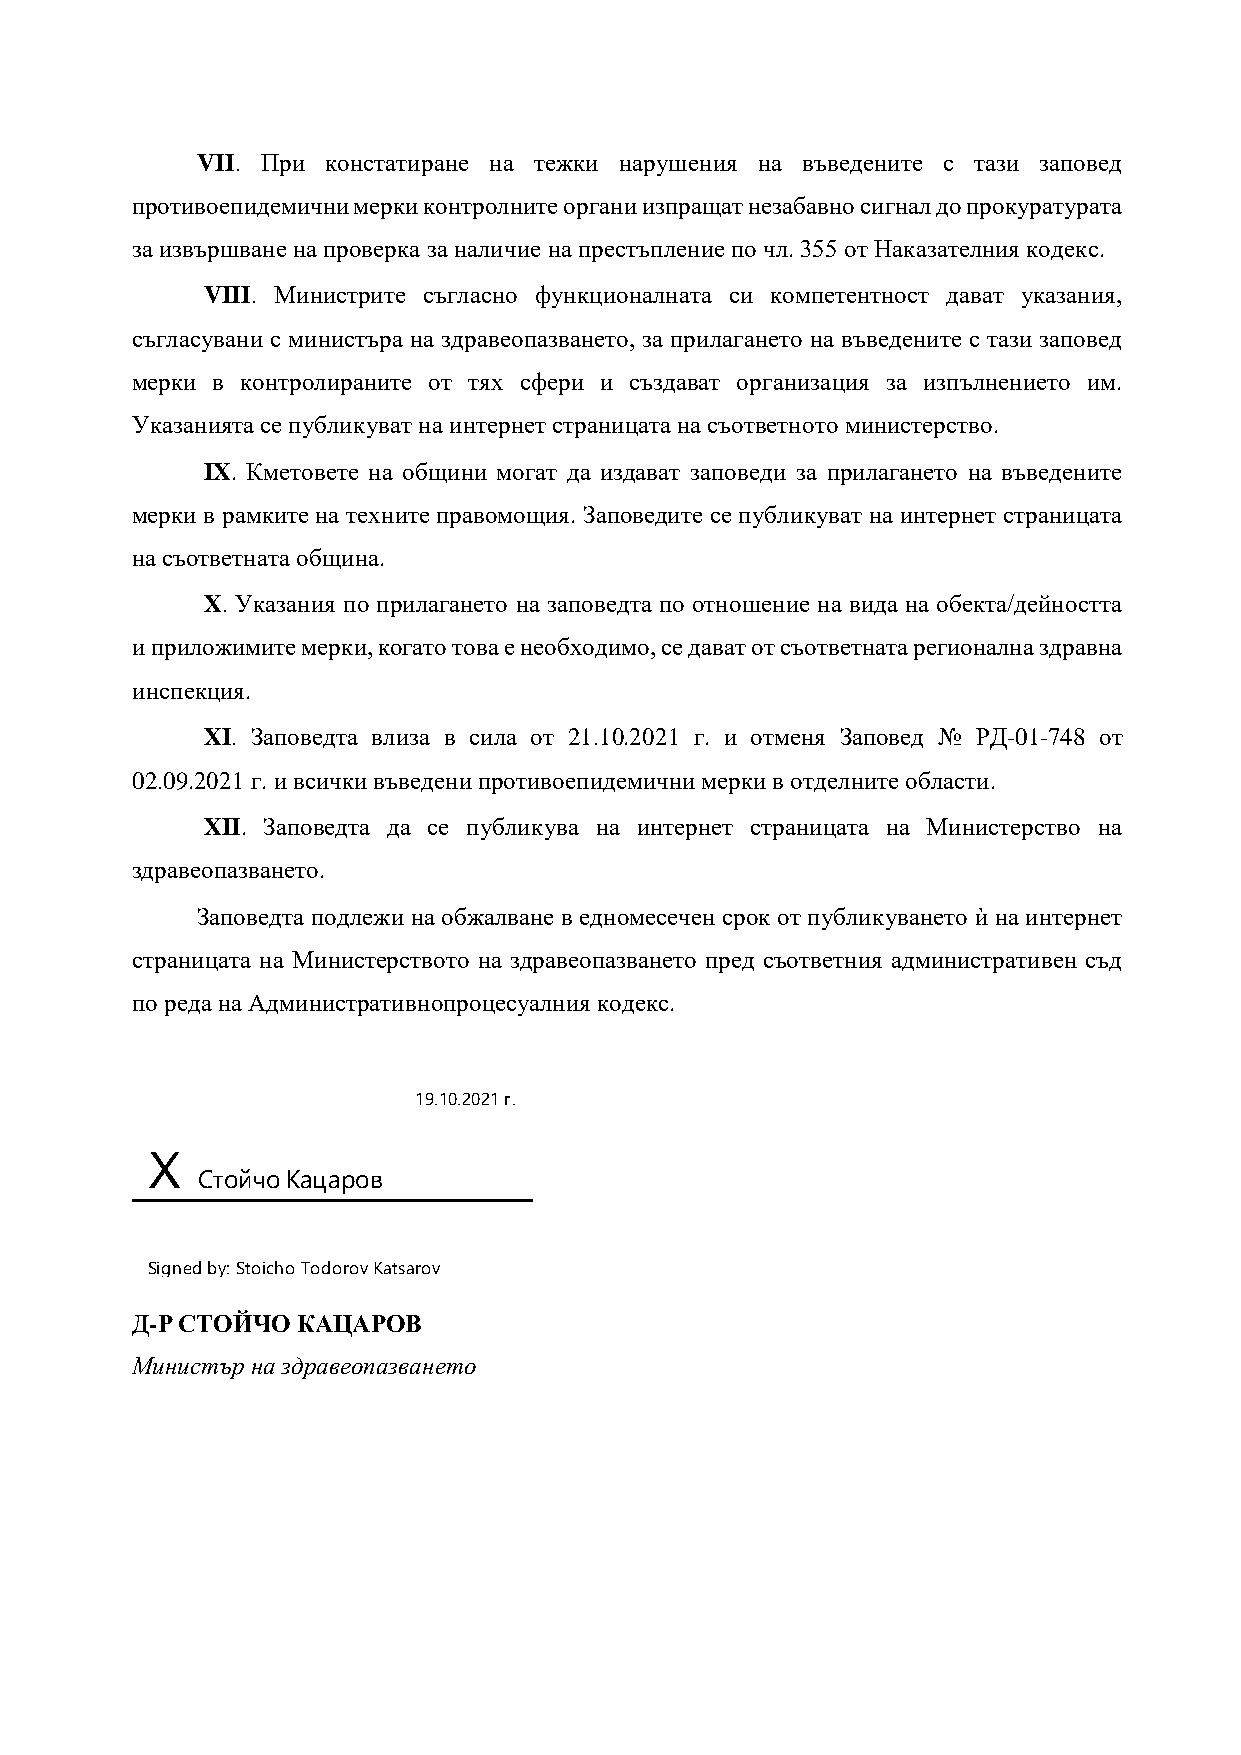
VII. При констатиране на тежки нарушения на въведените с тази заповед
 противоепидемични мерки контролните органи изпращат незабавно сигнал до прокуратурата
 за извършване на проверка за наличие на престъпление по чл. 355 от Наказателния кодекс.
 VIII. Министрите съгласно функционалната си компетентност дават указания,
 съгласувани с министъра на здравеопазването, за прилагането на въведените с тази заповед
 мерки в контролираните от тях сфери и създават организация за изпълнението им.
 Указанията се публикуват на интернет страницата на съответното министерство.
 IX. Кметовете на общини могат да издават заповеди за прилагането на въведените
 мерки в рамките на техните правомощия. Заповедите се публикуват на интернет страницата
 на съответната община.
 X. Указания по прилагането на заповедта по отношение на вида на обекта/дейността
 и приложимите мерки, когато това е необходимо, се дават от съответната регионална здравна
 инспекция.
 XI. Заповедта влиза в сила от 21.10.2021 г. и отменя Заповед № РД-01-748 от
 02.09.2021 г. и всички въведени противоепидемични мерки в отделните области.
 XII. Заповедта да се публикува на интернет страницата на Министерство на
 здравеопазването.
 Заповедта подлежи на обжалване в едномесечен срок от публикуването ѝ на интернет
 страницата на Министерството на здравеопазването пред съответния административен съд
 по реда на Административнопроцесуалния кодекс.
 19.10.2021 г.
 X
 Стойчо Кацаров
 Signed by: Stoicho Todorov Katsarov
 Д-Р СТОЙЧО КАЦАРОВ
 Министър на здравеопазването